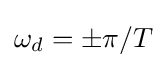
\omega _{d}=\pm \pi /T